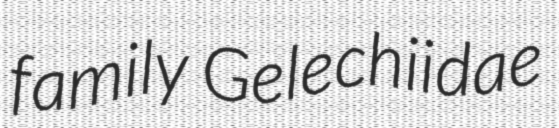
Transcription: family Gelechiidae